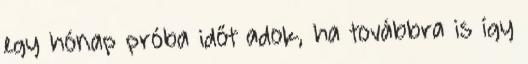
egy hónap próba időt adok, ha továbbra is így